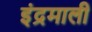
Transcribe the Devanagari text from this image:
इंद्रमाली